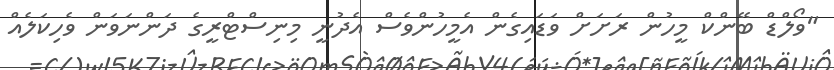
"ވޯލްޑް ބޭންކް މީހުން ރަށަށް ވަޑައިގެން އެމީހުންވެސް އެދުނީ މިނިސްޓްރީގެ ދަންނަވަން ވެހިކަލެއް